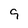
Character: 9